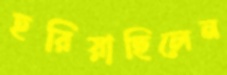
হরিয়াছিলেন